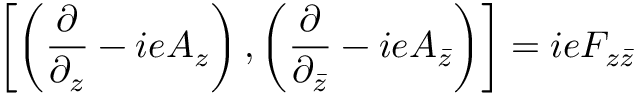
\left[ \left( \frac { \partial } { \partial _ { z } } - i e A _ { z } \right) , \left( \frac { \partial } { \partial _ { \bar { z } } } - i e A _ { \bar { z } } \right) \right] = i e F _ { z \bar { z } }